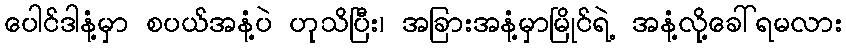
ပေါင်ဒါနံ့မှာ စပယ်အနံ့ပဲ ဟုသိပြီး၊ အခြားအနံ့မှာမြိုင်ရဲ့ အနံ့လို့ခေါ်ရမလား